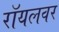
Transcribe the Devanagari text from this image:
रॉयलवर